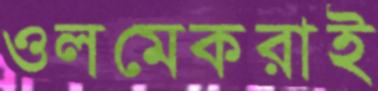
ওলমেকরাই